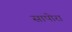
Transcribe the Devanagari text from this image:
सापोरा